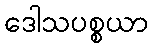
ဒေါသပစ္စယာ